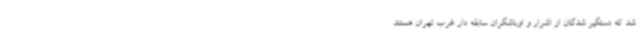
شد که دستگیر شدگان از اشرار و اوباشگران سابقه دار غرب تهران هستند